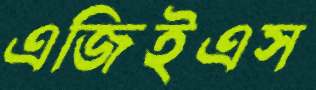
এজিইএস